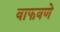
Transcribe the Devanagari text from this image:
वाफवणे